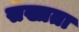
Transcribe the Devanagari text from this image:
सख्तता